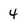
Character: 4